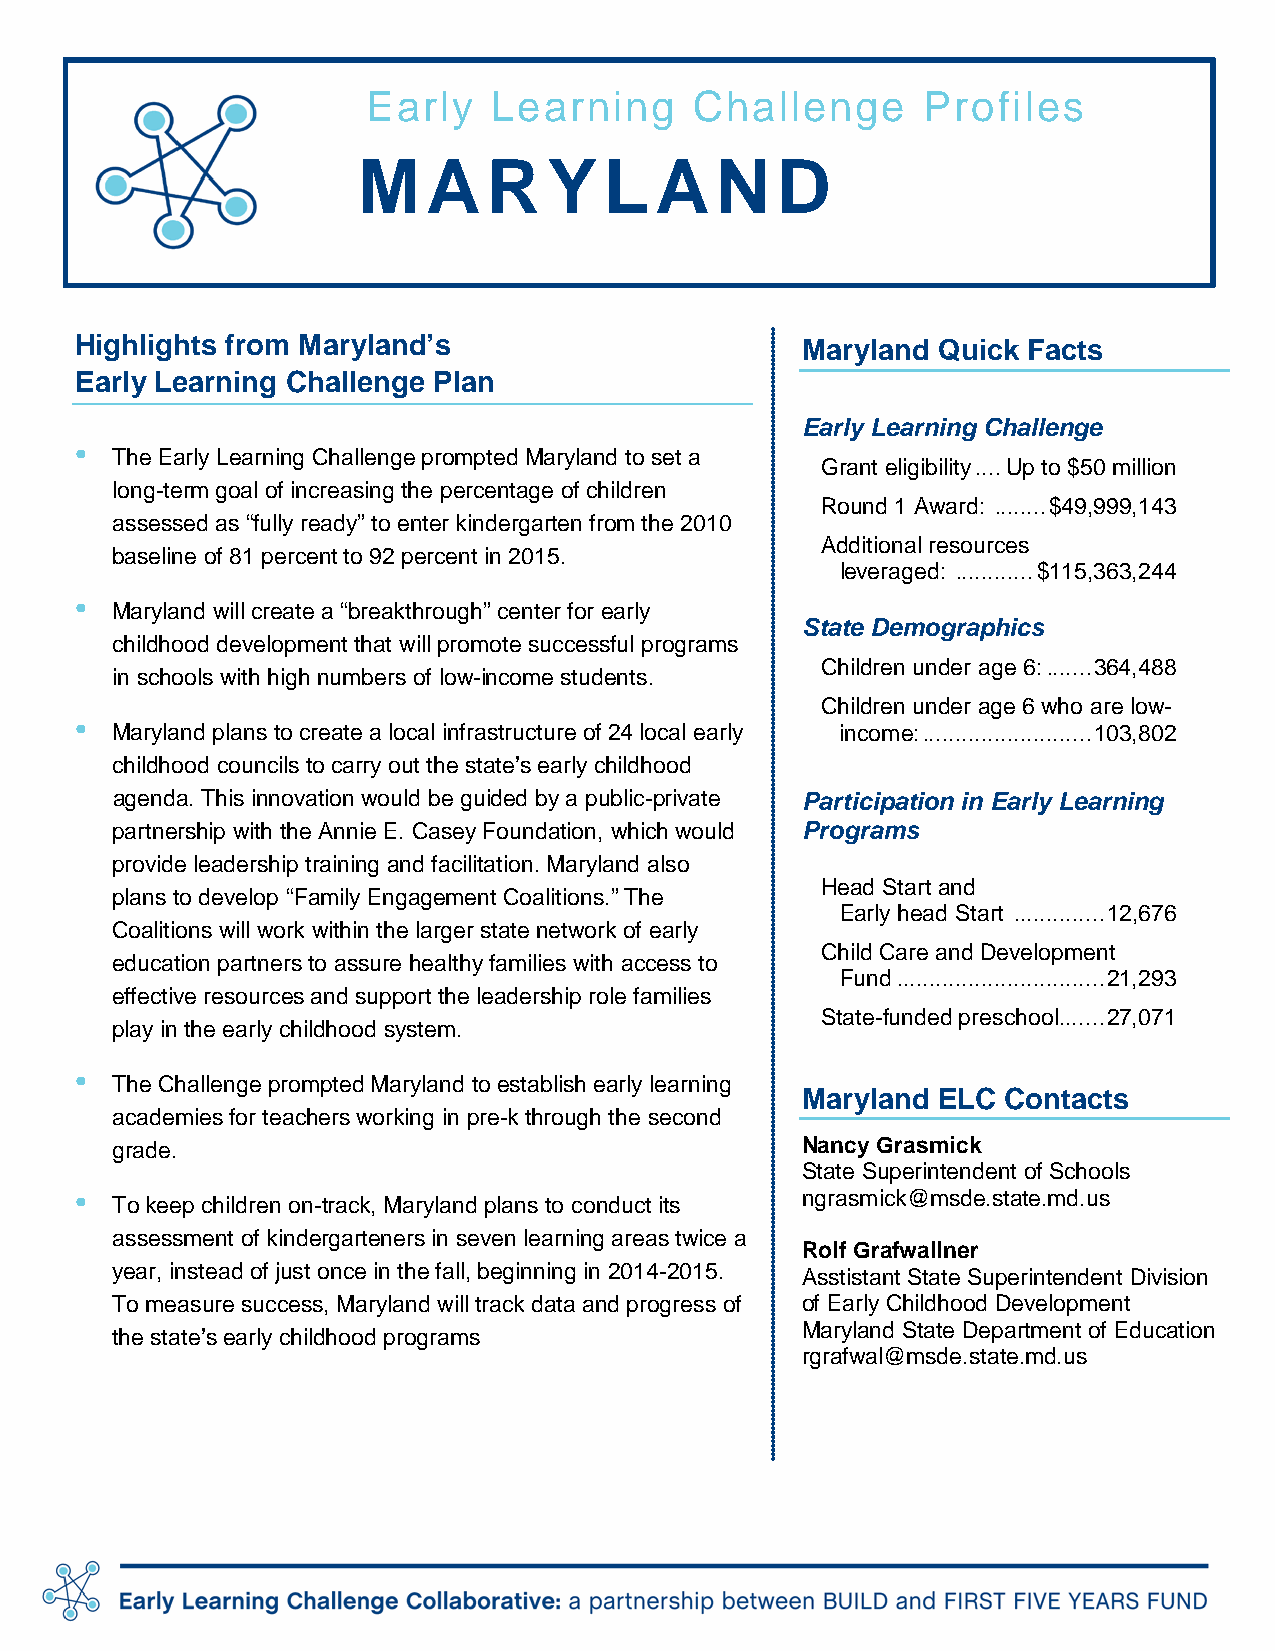
Early    Learning     Challenge      Profiles
 M   A   R   YLA        N   D
 Highlights from Maryland’s                      Maryland Quick Facts
 Early Learning Challenge Plan
 Early Learning Challenge
 •
 The Early Learning Challenge prompted Maryland to set a
 Grant eligibility .... Up to $50 million
 long-term goal of increasing the percentage of children
 Round 1 Award: ........ $49,999,143
 assessed as “fully ready” to enter kindergarten from the 2010
 Additional resources
 baseline of 81 percent to 92 percent in 2015.
 leveraged: ............ $115,363,244
 •
 Maryland will create a “breakthrough” center for early
 State Demographics
 childhood development that will promote successful programs
 Children under age 6: ....... 364,488
 in schools with high numbers of low-income students.
 Children under age 6 who are low-
 •
 Maryland plans to create a local infrastructure of 24 local early income: .......................... 103,802
 childhood councils to carry out the state’s early childhood
 agenda. This innovation would be guided by a public-private Participation in Early Learning
 partnership with the Annie E. Casey Foundation, which would Programs
 provide leadership training and facilitation. Maryland also
 Head Start and
 plans to develop “Family Engagement Coalitions.” The
 Early head Start .............. 12,676
 Coalitions will work within the larger state network of early
 Child Care and Development
 education partners to assure healthy families with access to
 Fund ................................ 21,293
 effective resources and support the leadership role families
 State-funded preschool ....... 27,071
 play in the early childhood system.
 •
 The Challenge prompted Maryland to establish early learning
 Maryland ELC  Contacts
 academies for teachers working in pre-k through the second
 grade.                                        Nancy Grasmick
 State Superintendent of Schools
 •                                               ngrasmick@msde.state.md.us
 To keep children on-track, Maryland plans to conduct its
 assessment of kindergarteners in seven learning areas twice a
 Rolf Grafwallner
 year, instead of just once in the fall, beginning in 2014-2015. Asstistant State Superintendent Division
 To measure success, Maryland will track data and progress of of Early Childhood Development
 Maryland State Department of Education
 the state’s early childhood programs
 rgrafwal@msde.state.md.us